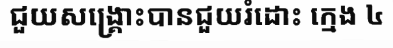
ជួយសង្គ្រោះបានជួយរំដោះ ក្មេង ៤